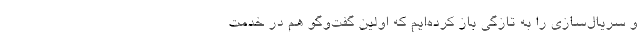
و سریال‌سازی را به تازگی باز کرده‌ایم که اولین گفت‌وگو هم در خدمتِ